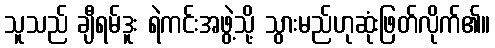
သူသည် ချီရမ်ဒူး ရဲကင်းအဖွဲ့သို့ သွားမည်ဟုဆုံးဖြတ်လိုက်၏။